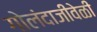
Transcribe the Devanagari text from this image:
गोलंदाजीवेळी